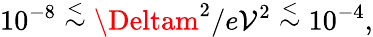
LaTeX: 10^{-8}\stackrel{<}{\sim}\Deltam^{2}/e\mathcal{V}^{2}\stackrel{<}{\sim}10^{-4},